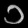
Digit: ၁